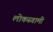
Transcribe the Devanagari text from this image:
लोकस्वामी